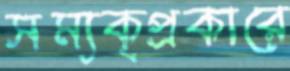
সম্যক্‌প্রকারে